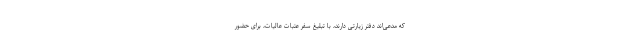
که مدعی‌اند دفتر زیارتی دارند، با تبلیغ سفر عتبات عالیات، برای حضور